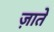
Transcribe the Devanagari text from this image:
ज़ाते